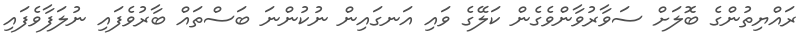
ރައްޔިތުންގެ ބޮލަށް ސަވާރުވާންވެގެން ކަލޭގެ ވައި އަނގައިން ނުކުންނަ ބަސްތައް ބާރުވެފައި ނުލަފާވެފައި